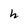
Character: h